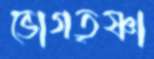
ভোগতৃষ্ণা